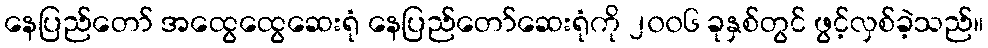
နေပြည်တော် အထွေထွေဆေးရုံ နေပြည်တော်ဆေးရုံကို ၂၀၀၆ ခုနှစ်တွင် ဖွင့်လှစ်ခဲ့သည်။